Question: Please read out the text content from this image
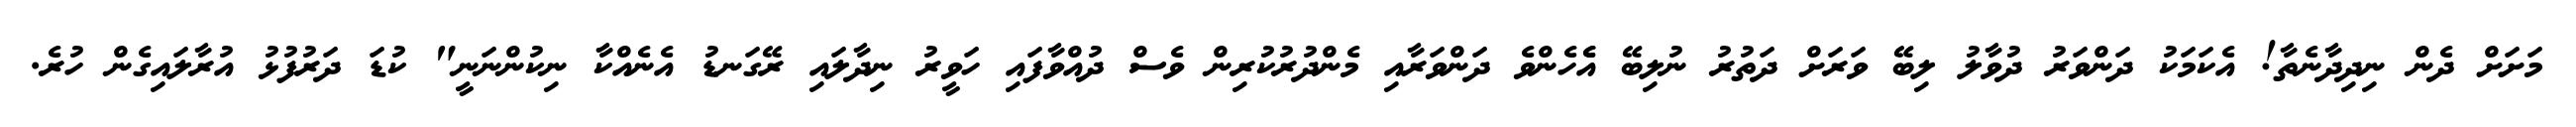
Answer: މަށަށް ދެން ނިދިދާނެތާ! އެކަމަކު ދަންވަރު ދުވާލު ލިބޭ ވަރަށް ދަތުރު ނުލިބޭ އެެހެންވެ ދަންވަރާއި މެންދުރުކުރިން ވެސް ދުއްވާފައި ހަވީރު ނިދާލައި ރޭގަނޑު އެނެއްކާ ނިކުންނަނީ" ކުޑަ ދަރުފުޅު އުރާލައިގެން ހުރެ.